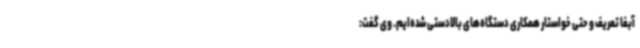
آبفا تعریف و حتی خواستار همکاری دستگاه‌های بالادستی شده‌ایم. وی گفت: